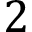
2